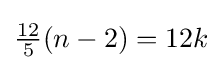
{\tfrac {12}{5}}(n-2)=12k